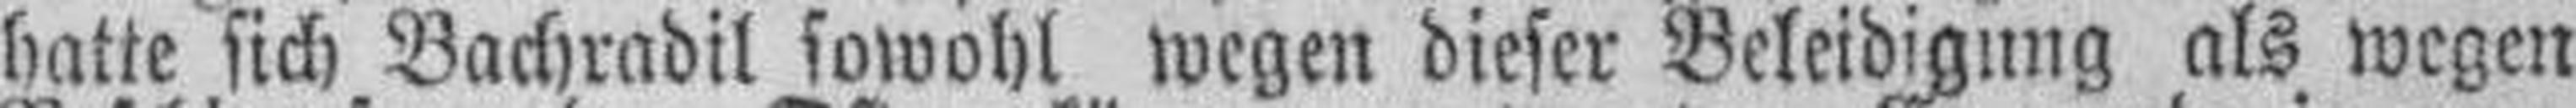
hatte sich Bachradil sowohl wegen dieser Beleidigung als wegen